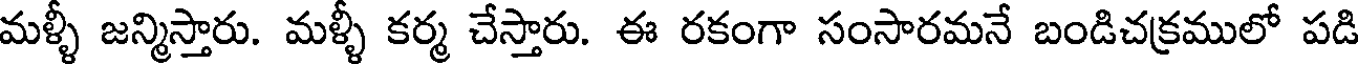
మళ్ళీ జన్మిస్తారు. మళ్ళీ కర్మ చేస్తారు. ఈ రకంగా సంసారమనే బండిచక్రములో పడి